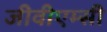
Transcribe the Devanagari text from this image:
जीवीएम्सी